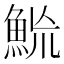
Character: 𩶡